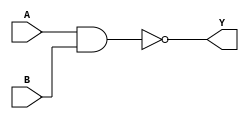
`timescale 1ns / 1ps
//////////////////////////////////////////////////////////////////////////////////
// Company: 
// Engineer: 
// 
// Design Name: 
// Module Name:    NANDgate_2Input 
// Project Name: 
// Target Devices: 
// Tool versions: 
// Description: 
//
// Dependencies: 
//
// Revision: 
// Revision 0.01 - File Created
// Additional Comments: 
//
//////////////////////////////////////////////////////////////////////////////////
module NANDgate_2Input(
    input A,
    input B,
    output Y
    );

assign Y= ~(A & B);
endmodule